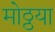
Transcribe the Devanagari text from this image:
मोठ्ठया